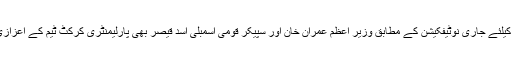
ورلڈ سکواڈ کیلئے جاری نوٹیفکیشن کے مطابق وزیر اعظم عمران خان اور سپیکر قومی اسمبلی اسد قیصر بھی پارلیمنٹری کرکٹ ٹیم کے اعزازی ارکان ہیں۔